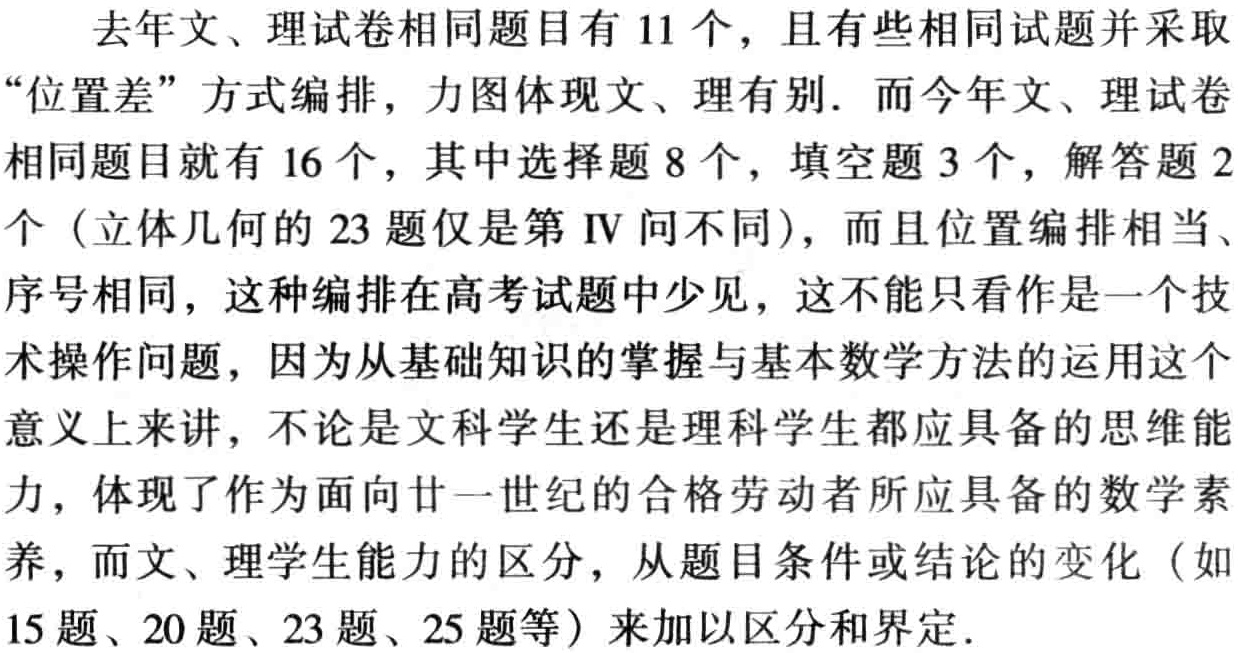
去年文、理试卷相同题目有 11 个，且有些相同试题并采取“位置差”方式编排，力图体现文、理有别. 而今年文、理试卷相同题目就有 16 个，其中选择题 8 个，填空题 3 个，解答题 2 个（立体几何的 23 题仅是第 IV 问不同），而且位置编排相当、序号相同，这种编排在高考试题中少见，这不能只看作是一个技术操作问题，因为从基础知识的掌握与基本数学方法的运用这个意义上来讲，不论是文科学生还是理科学生都应具备的思维能力，体现了作为面向廿一世纪的合格劳动者所应具备的数学素养，而文、理学生能力的区分，从题目条件或结论的变化（如 15 题、20 题、23 题、25 题等）来加以区分和界定.